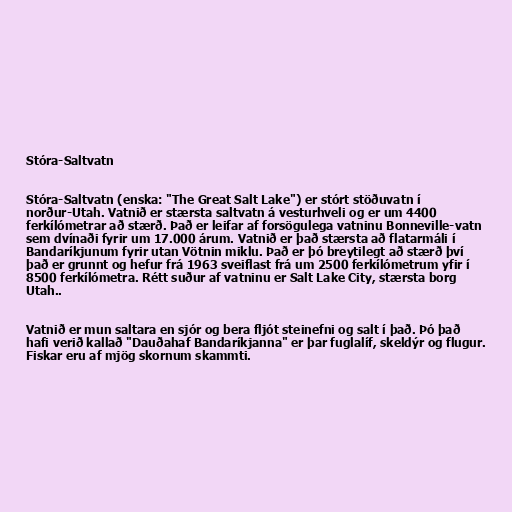
Stóra-Saltvatn

Stóra-Saltvatn (enska: "The Great Salt Lake") er stórt stöðuvatn í
norður-Utah. Vatnið er stærsta saltvatn á vesturhveli og er um 4400
ferkílómetrar að stærð. Það er leifar af forsögulega vatninu Bonneville-vatn
sem dvínaði fyrir um 17.000 árum. Vatnið er það stærsta að flatarmáli í
Bandaríkjunum fyrir utan Vötnin miklu. Það er þó breytilegt að stærð því
það er grunnt og hefur frá 1963 sveiflast frá um 2500 ferkílómetrum yfir í
8500 ferkílómetra. Rétt suður af vatninu er Salt Lake City, stærsta borg
Utah..

Vatnið er mun saltara en sjór og bera fljót steinefni og salt í það. Þó það
hafi verið kallað "Dauðahaf Bandaríkjanna" er þar fuglalíf, skeldýr og flugur.
Fiskar eru af mjög skornum skammti.